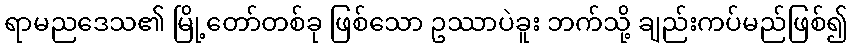
ရာမညဒေသ၏ မြို့တော်တစ်ခု ဖြစ်သော ဥဿာပဲခူး ဘက်သို့ ချည်းကပ်မည်ဖြစ်၍